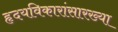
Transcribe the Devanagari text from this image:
हृदयविकारांसारख्या